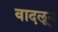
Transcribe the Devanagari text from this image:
वादलून